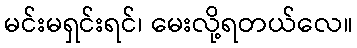
မင်းမရှင်းရင်၊ မေးလို့ရတယ်လေ။